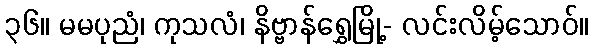
၃၆။ မမပုညံ၊ ကုသလံ၊ နိဗ္ဗာန်ရွှေမြို့- လင်းလိမ့်သောဝ်။